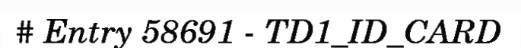
# Entry 58691 - TD1_ID_CARD